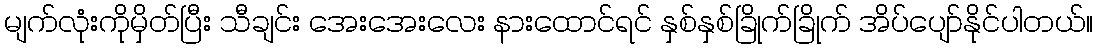
မျက်လုံးကိုမှိတ်ပြီး သီချင်း အေးအေးလေး နားထောင်ရင် နှစ်နှစ်ခြိုက်ခြိုက် အိပ်ပျော်နိုင်ပါတယ်။